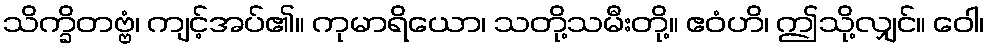
သိက္ခိတဗ္ဗံ၊ ကျင့်အပ်၏။ ကုမာရိယော၊ သတို့သမီးတို့။ ဧဝံဟိ၊ ဤသို့လျှင်။ ဝေါ၊